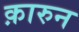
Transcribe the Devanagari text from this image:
क़ारुन